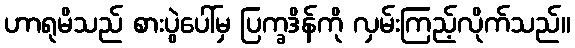
ဟာရုမိသည် စားပွဲပေါ်မှ ပြက္ခဒိန်ကို လှမ်းကြည့်လိုက်သည်။